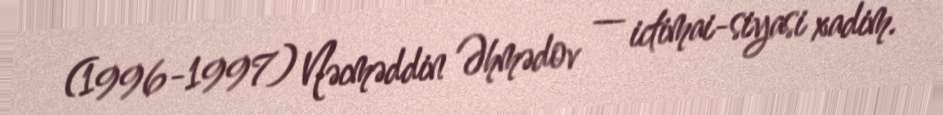
(1996-1997) Nəcməddin Əhmədov — ictimai-siyasi xadim.